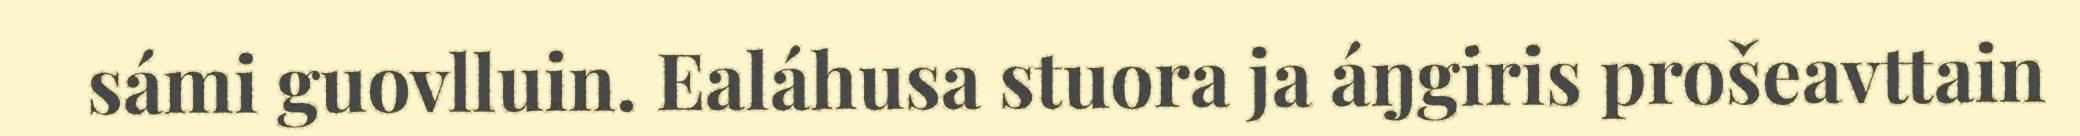
sámi guovlluin. Ealáhusa stuora ja áŋgiris prošeavttain